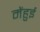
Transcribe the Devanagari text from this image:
मेंहुई